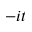
- i t